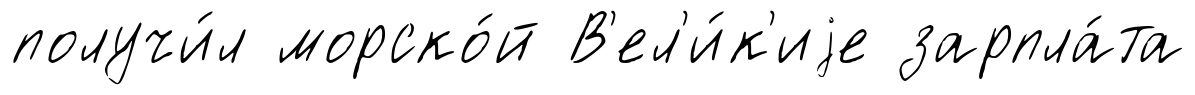
получи́л морско́й В'ел'и́к'иjе зарпла́та